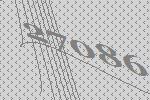
27086